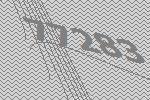
77283